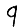
Digit: 9